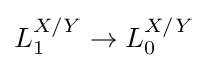
L_{1}^{X/Y}\to L_{0}^{X/Y}